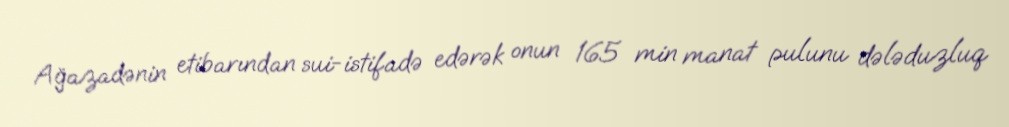
Ağazadənin etibarından sui-istifadə edərək onun 165 min manat pulunu dələduzluq